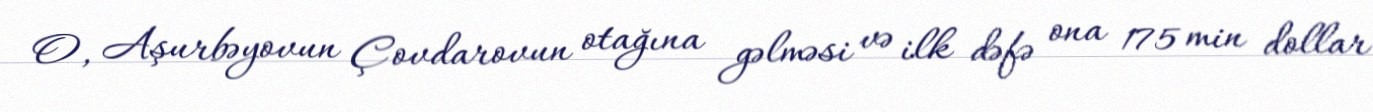
O, Aşurbəyovun Çovdarovun otağına gəlməsi və ilk dəfə ona 175 min dollar